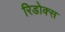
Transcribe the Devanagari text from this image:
रिडोक्स